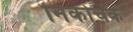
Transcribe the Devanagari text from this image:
निकोचक